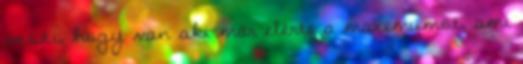
veszi, hogy van aki már elérte a maximumot, ami